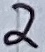
Text: 2